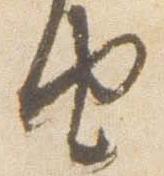
由